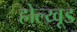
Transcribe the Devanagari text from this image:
होल्य्वूड